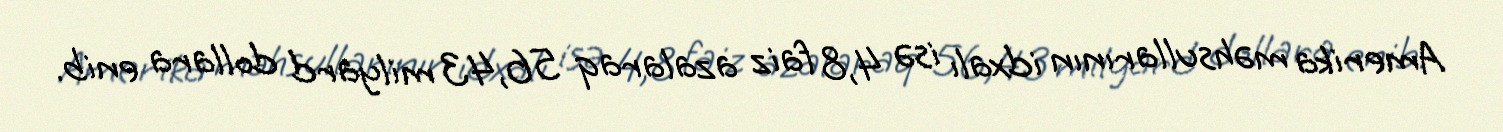
Amerika məhsullarının idxalı isə 4,8 faiz azalaraq 56,43 milyard dollara enib.